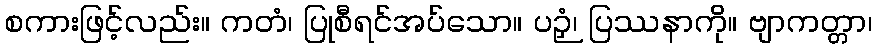
စကားဖြင့်လည်း။ ကတံ၊ ပြုစီရင်အပ်သော။ ပဉှံ၊ ပြဿနာကို။ ဗျာကတ္တာ၊